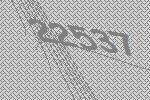
22537